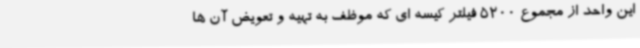
این واحد از مجموع 5200 فیلتر کیسه ای که موظف به تهیه و تعویض آن ها